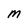
Character: M